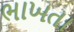
ભાખતા